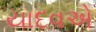
યાદવએ